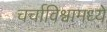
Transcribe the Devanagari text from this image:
चर्चाविश्वामध्ये